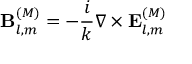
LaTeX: \mathbf { B } _ { l , m } ^ { ( M ) } = - { \frac { i } { k } } \nabla \times \mathbf { E } _ { l , m } ^ { ( M ) }